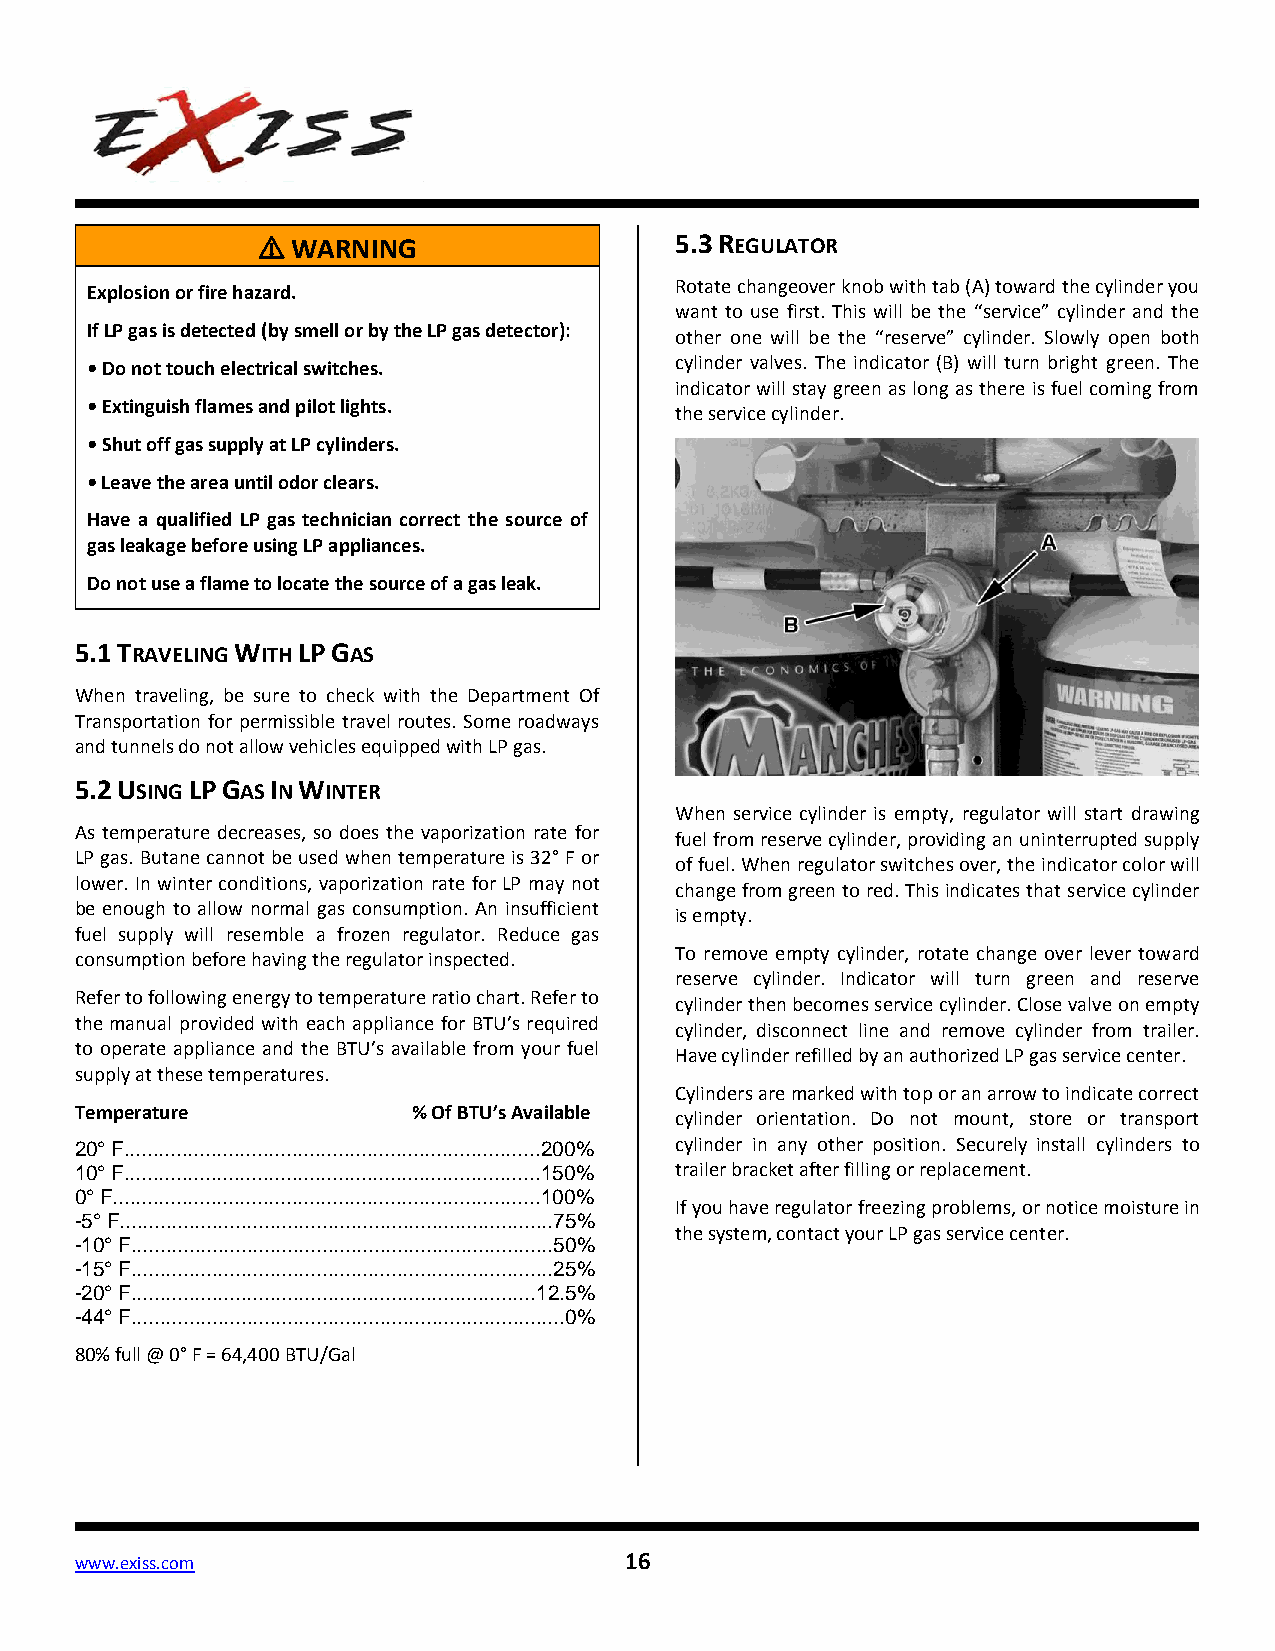
⚠ WARNING                   5.3 REGULATOR
 Explosion or fire hazard.              Rotate changeover knob with tab (A) toward the cylinder you
 want to use first. This will be the “service” cylinder and the
 If LP gas is detected (by smell or by the LP gas detector):
 other one will be the “reserve” cylinder. Slowly open both
 •Do not touch electrical switches.     cylinder valves. The indicator (B) will turn bright green. The
 indicator will stay green as long as there is fuel coming from
 •Extinguish flames and pilot lights.
 the service cylinder.
 •Shut off gas supply at LP cylinders.
 •Leave the area until odor clears.
 Have a qualified LP gas technician correct the source of
 gas leakage before using LP appliances.
 Do not use a flame to locate the source of a gas leak.
 5.1 TRAVELING WITH LP GAS
 When traveling, be sure to check with the Department Of
 Transportation for permissible travel routes. Some roadways
 and tunnels do not allow vehicles equipped with LP gas.
 5.2 USING LP GAS IN WINTER
 When service cylinder is empty, regulator will start drawing
 As temperature decreases, so does the vaporization rate for
 fuel from reserve cylinder, providing an uninterrupted supply
 LP gas. Butane cannot be used when temperature is 32° F or
 of fuel. When regulator switches over, the indicator color will
 lower. In winter conditions, vaporization rate for LP may not
 change from green to red. This indicates that service cylinder
 be enough to allow normal gas consumption. An insufficient
 is empty.
 fuel supply will resemble a frozen regulator. Reduce gas
 consumption before having the regulator inspected. To remove empty cylinder, rotate change over lever toward
 reserve cylinder. Indicator will turn green and reserve
 Refer to following energy to temperature ratio chart. Refer to
 cylinder then becomes service cylinder. Close valve on empty
 the manual provided with each appliance for BTU’s required
 cylinder, disconnect line and remove cylinder from trailer.
 to operate appliance and the BTU’s available from your fuel
 Have cylinder refilled by an authorized LP gas service center.
 supply at these temperatures.
 Cylinders are marked with top or an arrow to indicate correct
 Temperature           % Of BTU’s Available
 cylinder orientation. Do not mount, store or transport
 20° F........................................................................200% cylinder in any other position. Securely install cylinders to
 10° F........................................................................150% trailer bracket after filling or replacement.
 0° F..........................................................................100%
 If you have regulator freezing problems, or notice moisture in
 -5° F...........................................................................75%
 the system, contact your LP gas service center.
 -10° F.........................................................................50%
 -15° F.........................................................................25%
 -20° F......................................................................12.5%
 -44° F...........................................................................0%
 80% full @ 0° F = 64,400 BTU/Gal
 www.exiss.com                       16